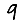
Digit: 9